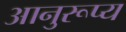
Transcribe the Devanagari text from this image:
आनुरूप्य